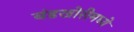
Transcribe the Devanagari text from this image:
बंडखोरीमध्ये